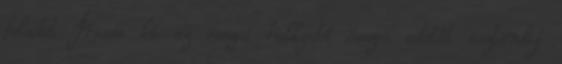
feladat Írassa ki az összes hallgató összes adatát ösztöndíj